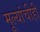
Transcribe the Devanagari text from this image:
मूल्यांचीही